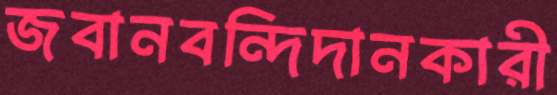
জবানবন্দিদানকারী